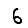
Digit: 6